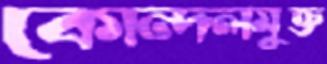
কোন্দলমুক্ত